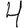
Digit: 4